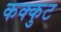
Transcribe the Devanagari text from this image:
कक्कुट